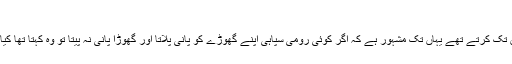
بطل اسلام حضرت ابن فتحون رحمہ اللہ​
آپ کی بہادری اور شجاعت کا اعتراف دشمن تک کرتے تھے یہاں تک مشہور ہے کہ اگر کوئی رومی سپاہی اپنے گھوڑے کو پانی پلاتا اور گھوڑا پانی نہ پیتا تو وہ کہتا تھا کیا تو نے ابن فتحون کو پانی میں دیکھ لیا ہے ؟